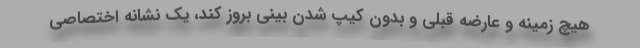
هیچ زمینه و عارضه قبلی و بدون کیپ شدن بینی بروز کند، یک نشانه اختصاصی